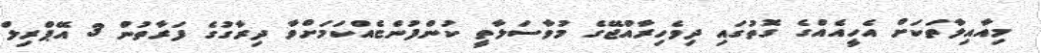
މިއާއިލާތަކަށް އެހީއެއްގެ ގޮތުގައި ދިވެހިރާއްޖޭގެ މުވާސަލާތީ ކުންފުންޏެއްކަމަށްވާ ދިރާގުގެ ފަރާތުން 3 އޭޕްރިލް